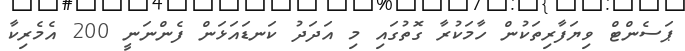
ޕަސެންޓް ވިޔަފާރިތަކުން ހާމަކުރާ ގޮތުގައި މި އަދަދު ކަނޑައަޅަން ފެންނަނީ 200 އެމެރިކާ